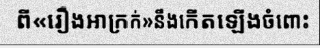
ពី«រឿងអាក្រក់»នឹងកើតឡើងចំពោះ